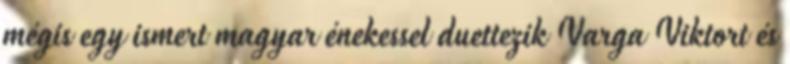
mégis egy ismert magyar énekessel duettezik Varga Viktort és